Document type: Sale
Year: 1423
Scribe: Joan Franc
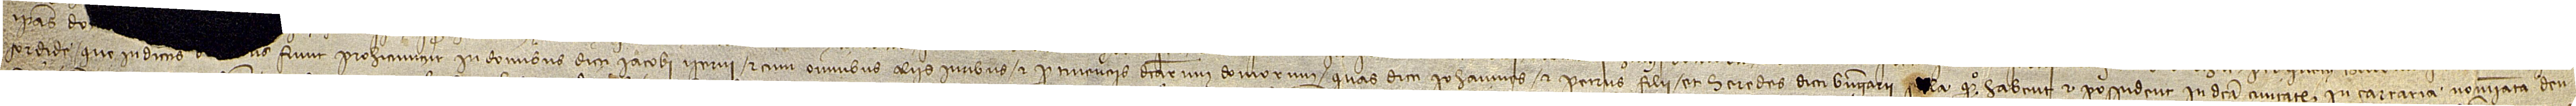
sordide que in dictis [domib]us fiunt prohiciuntur in domibus dicti Iacobi Iserni, et cum omnibus aliis iuribus et pertinenciis dictarum domorum quas dicti Iohannes et Petrus, filii et heredes dicti Berengarii S[a]la, quondam, habent et possident in dicta civitate, in carraria nominata d’en